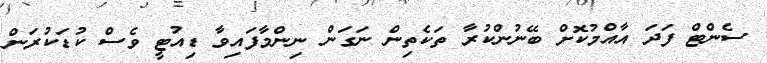
ސެންޓް ފަދަ އާއްމުކޮށް ބޭނުންކުރާ ތަކެތިން ނަގަން ނިންމާފައިވާ ޑިއުޓީ ވެސް ކުޑަކުރަން